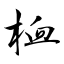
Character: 桖